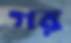
গর